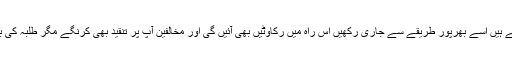
نجیب احمد نے کہا تھاکہ آپ جو کام کر رہے ہیں اسے بھرپور طریقے سے جاری رکھیں اس راہ میں رکاوٹیں بھی آئیں گی اور مخالفین آپ پر تنقید بھی کرنگے مگر طلبہ کی بھلائی اور انکی خدمت کا کام جاری رکھیں۔